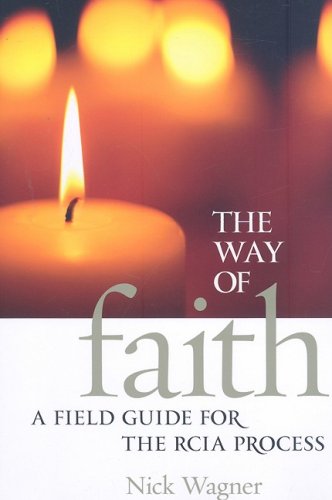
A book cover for The Way of Faith: A Field Guide to the Rcia Process; Nick Wagner; Christian Books & Bibles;